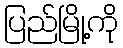
ပြည်မြို့ကို